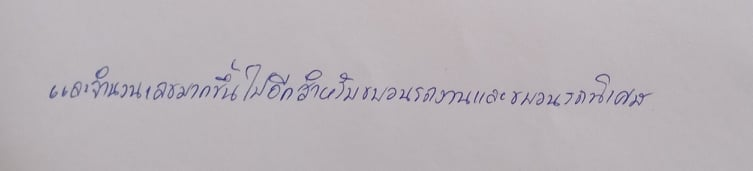
และจำนวนเลขมากขึ้นไปอีกสำหรับขบวนรถงานและขบวนรถพิเศษ